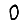
Digit: 0